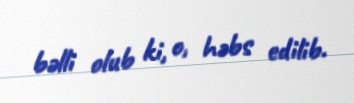
bəlli olub ki, o, həbs edilib.